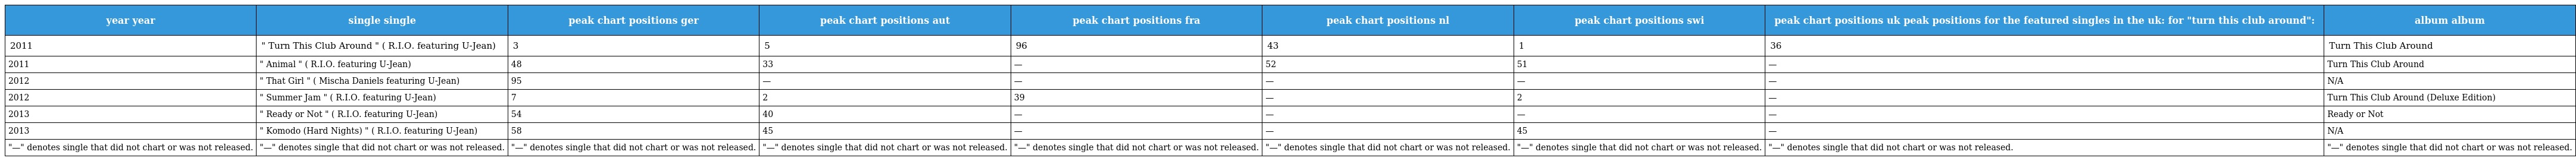
| year year | single single | peak chart positions ger | peak chart positions aut | peak chart positions fra | peak chart positions nl | peak chart positions swi | peak chart positions uk peak positions for the featured singles in the uk: for "turn this club around": | album album |
 | --- | --- | --- | --- | --- | --- | --- | --- | --- |
 | 2011 | " Turn This Club Around " ( R.I.O. featuring U-Jean) | 3 | 5 | 96 | 43 | 1 | 36 | Turn This Club Around |
 | 2011 | " Animal " ( R.I.O. featuring U-Jean) | 48 | 33 | — | 52 | 51 | — | Turn This Club Around |
 | 2012 | " That Girl " ( Mischa Daniels featuring U-Jean) | 95 | — | — | — | — | — | N/A |
 | 2012 | " Summer Jam " ( R.I.O. featuring U-Jean) | 7 | 2 | 39 | — | 2 | — | Turn This Club Around (Deluxe Edition) |
 | 2013 | " Ready or Not " ( R.I.O. featuring U-Jean) | 54 | 40 | — | — | — | — | Ready or Not |
 | 2013 | " Komodo (Hard Nights) " ( R.I.O. featuring U-Jean) | 58 | 45 | — | — | 45 | — | N/A |
 | "—" denotes single that did not chart or was not released. | "—" denotes single that did not chart or was not released. | "—" denotes single that did not chart or was not released. | "—" denotes single that did not chart or was not released. | "—" denotes single that did not chart or was not released. | "—" denotes single that did not chart or was not released. | "—" denotes single that did not chart or was not released. | "—" denotes single that did not chart or was not released. | "—" denotes single that did not chart or was not released. |